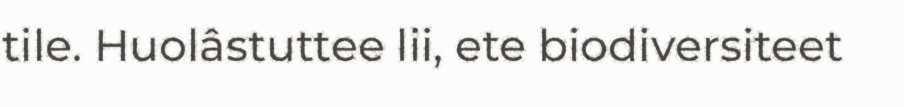
tile. Huolâstuttee lii, ete biodiversiteet